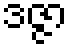
ဒဇ္ဇာ